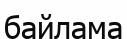
байлама